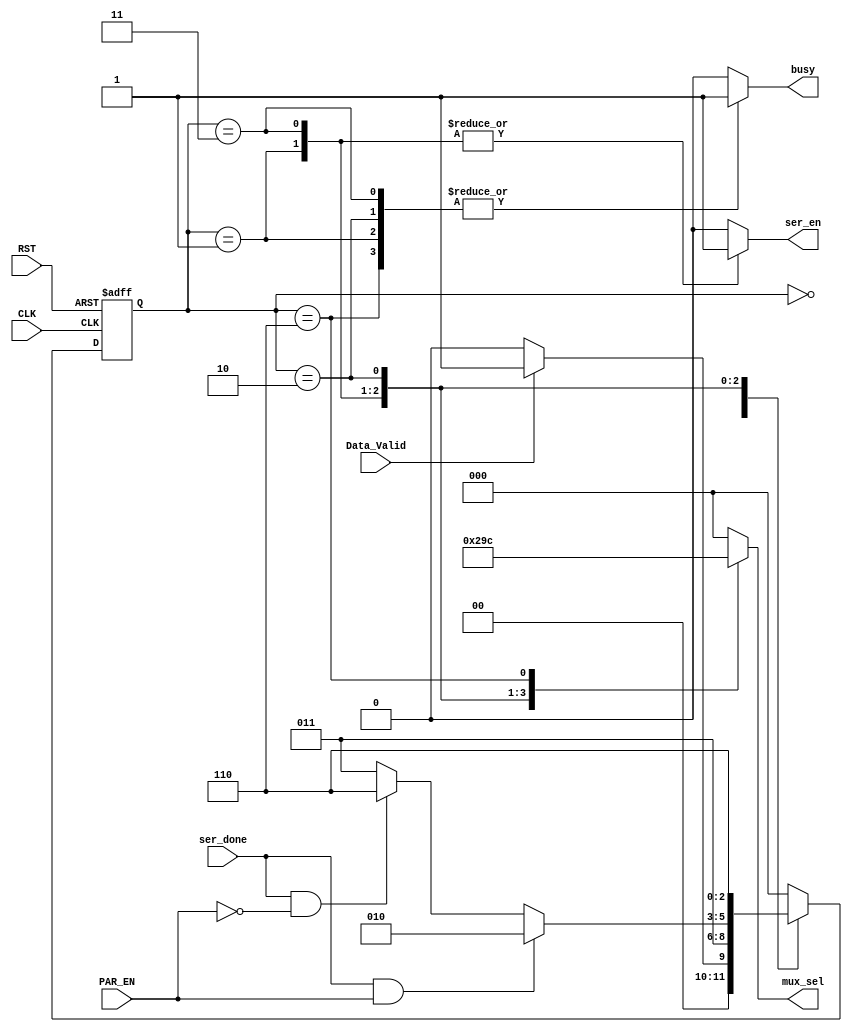
module FSM (
    //declare inputs and outputs
    input   wire        CLK,RST,
    input   wire        Data_Valid,
    input   wire        PAR_EN,
    input   wire        ser_done,
    output  reg         ser_en,
    output  reg         busy,
    output  reg [2:0]   mux_sel
);

//state Encoding
localparam  IDLE = 3'b000,
            START = 3'b001,
            DATA = 3'b011,
            PARITY = 3'b010,
            STOP = 3'b110;

reg     [2:0]   current_state , next_state;
//reg             busy_comb;
//reg     [2:0]   mux_sel_comb;
//reg             ser_en_comb;

//state transition
always @(posedge CLK or negedge RST)
begin
    if(!RST)
    begin
        current_state <= IDLE;
        //busy <= busy_comb;
        //mux_sel <= mux_sel_comb;
        //ser_en <= ser_en_comb;
    end
    else
    begin
        current_state <= next_state;
        //busy <= busy_comb;
        //mux_sel <= mux_sel_comb;
        //ser_en <= ser_en_comb;
    end
end

//combintional block
always @(*)
begin
    mux_sel = 'b000;
    busy = 'b0;
    ser_en = 'b0;
    case(current_state)
    IDLE : begin
        busy = 'b0;
        mux_sel = 'b000; //output is 1
        ser_en = 'b0;
        //next state logic
        if(Data_Valid)
        begin
            next_state = START;
        end
        else
        begin
            next_state = IDLE;
        end
    end

    START : begin
        ser_en = 'b1;
        busy = 'b1;
        mux_sel = 'b001;  //start bit is 0
        //next state logic
        next_state = DATA;
    end

    DATA : begin
        ser_en = 'b1;
        busy = 'b1;
        mux_sel = 'b010;  //serial data
        //next state logic
        if(ser_done && PAR_EN)
        begin
            next_state = PARITY;
        end
        else if(ser_done && !PAR_EN)
        begin
            next_state = STOP;
        end
        else
        begin
            next_state = DATA;
        end
    end

    PARITY : begin
        ser_en = 'b0;
        busy = 'b1;
        mux_sel = 'b011;   //parity bit
        //next state logic
        next_state = STOP;
    end

    STOP : begin
        ser_en = 'b0;
        busy = 'b1;
        mux_sel = 'b100;  //stop bit is 0
        //next state logic
        next_state = IDLE;
    end

    default : begin
        ser_en = 'b0;
        busy = 'b0;
        mux_sel = 'b000;
        next_state = IDLE;
    end
    endcase
end
endmodule